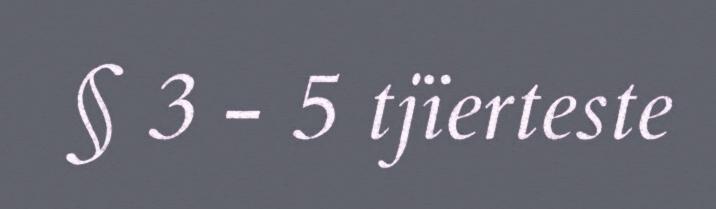
§ 3 - 5 tjïerteste